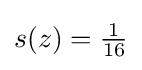
s(z)={\tfrac {1}{16}}